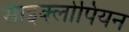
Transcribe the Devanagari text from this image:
साइक्लोपियन